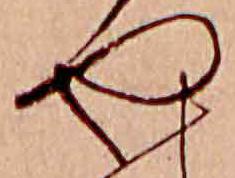
や